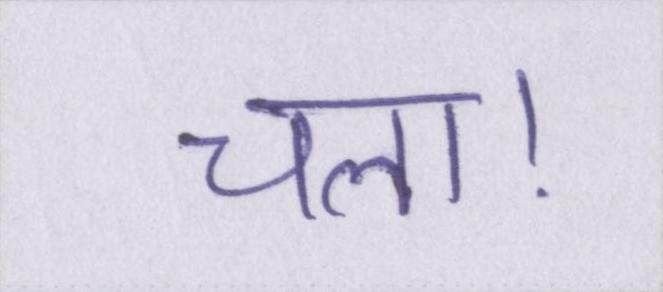
चला।